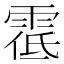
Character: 𩃐